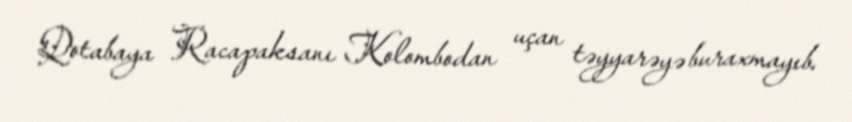
Qotabaya Racapaksanı Kolombodan uçan təyyarəyə buraxmayıb.